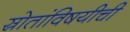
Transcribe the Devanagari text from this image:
स्रोतांविषयीची